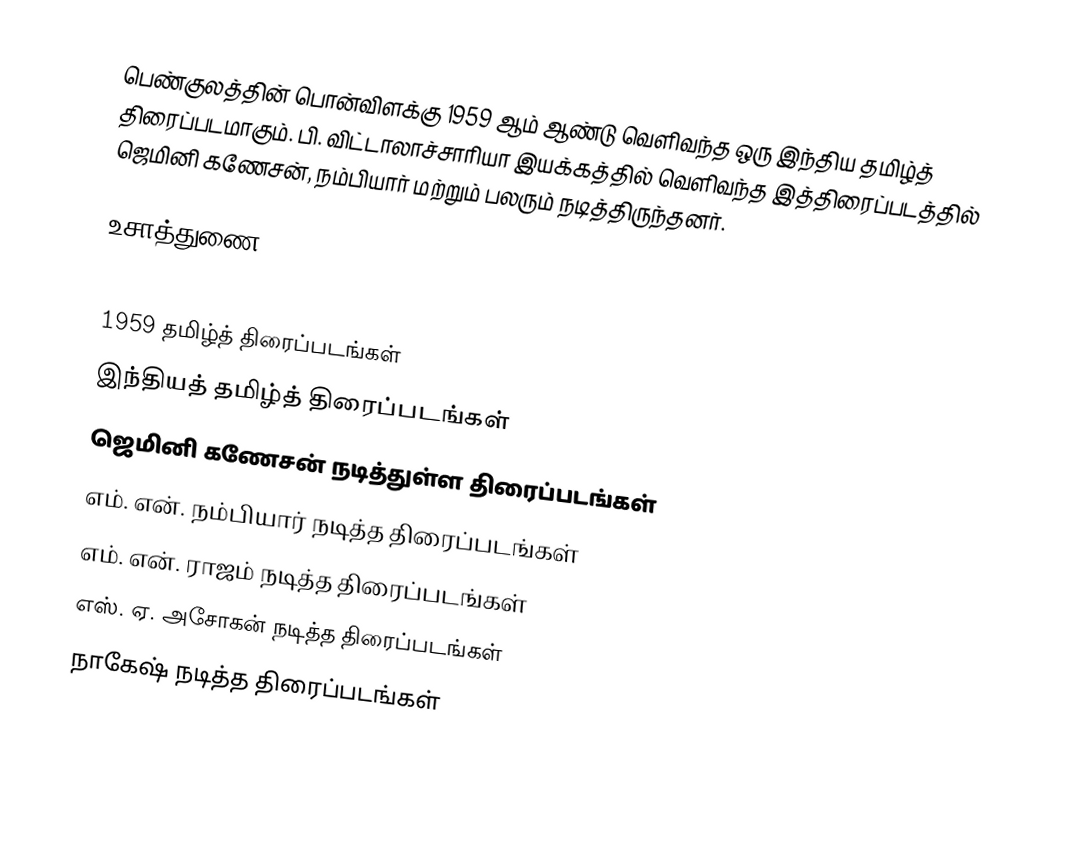
பெண்குலத்தின் பொன்விளக்கு 1959 ஆம் ஆண்டு வெளிவந்த ஒரு இந்திய தமிழ்த் திரைப்படமாகும். பி. விட்டாலாச்சாரியா இயக்கத்தில் வெளிவந்த இத்திரைப்படத்தில் ஜெமினி கணேசன், நம்பியார் மற்றும் பலரும் நடித்திருந்தனர்.

உசாத்துணை

1959 தமிழ்த் திரைப்படங்கள்
இந்தியத் தமிழ்த் திரைப்படங்கள்
ஜெமினி கணேசன் நடித்துள்ள திரைப்படங்கள்
எம். என். நம்பியார் நடித்த திரைப்படங்கள்
எம். என். ராஜம் நடித்த திரைப்படங்கள்
எஸ். ஏ. அசோகன் நடித்த திரைப்படங்கள்
நாகேஷ் நடித்த திரைப்படங்கள்